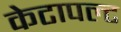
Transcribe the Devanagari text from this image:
केटापल्ट